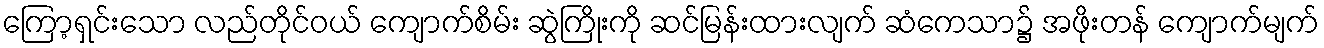
ကြော့ရှင်းသော လည်တိုင်ဝယ် ကျောက်စိမ်း ဆွဲကြိုးကို ဆင်မြန်းထားလျက် ဆံကေသာ၌ အဖိုးတန် ကျောက်မျက်